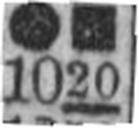
1020